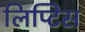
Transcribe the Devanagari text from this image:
लिप्टिस